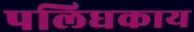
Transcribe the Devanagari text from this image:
पलिधकाय